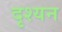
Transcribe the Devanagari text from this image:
दृश्यन